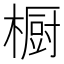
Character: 橱